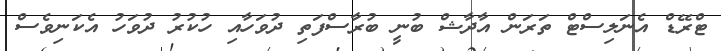
ޓްރޭޑް އެނަލިސްޓް ތަރަން އާދާޝް ބުނީ ބުރާސްފަތި ދުވަހާއި ހުކުރު ދުވަހު އެކަނިވެސް